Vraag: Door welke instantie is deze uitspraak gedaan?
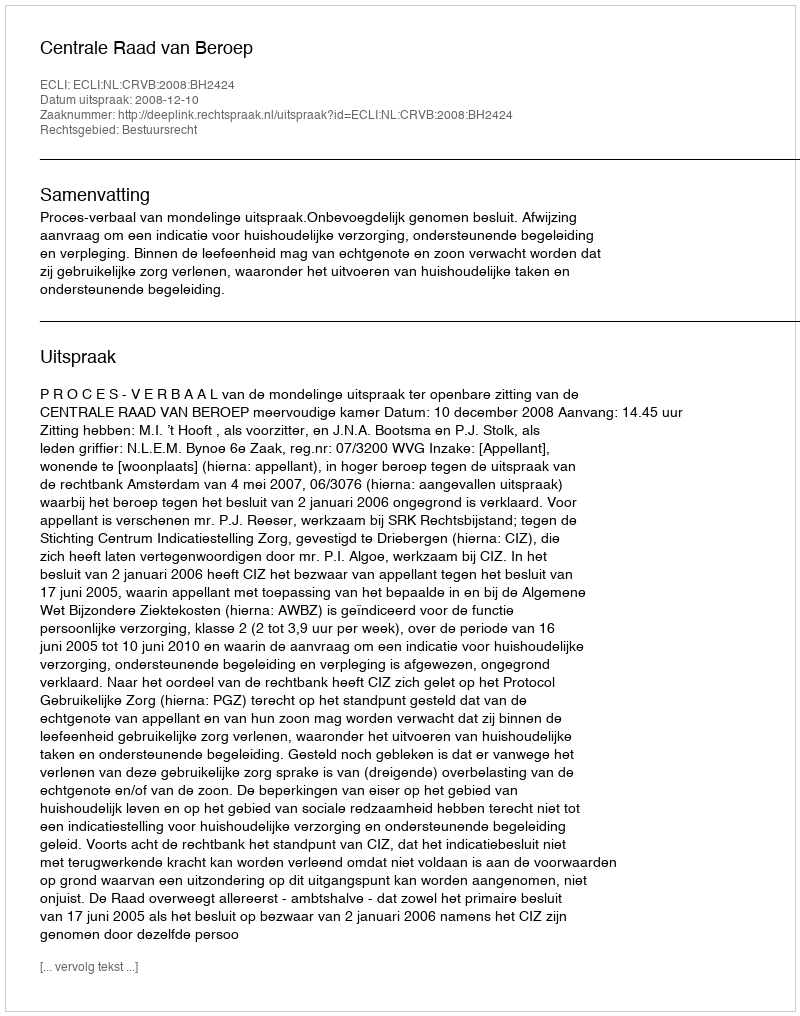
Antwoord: Centrale Raad van Beroep